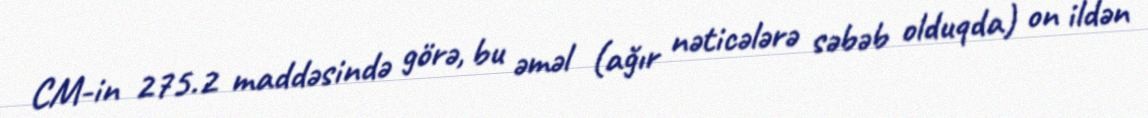
CM-in 275.2 maddəsində görə, bu əməl (ağır nəticələrə səbəb olduqda) on ildən